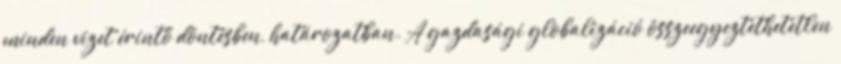
minden vizet érintő döntésben, határozatban. A gazdasági globalizáció összeegyeztethetetlen